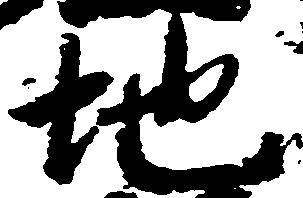
地